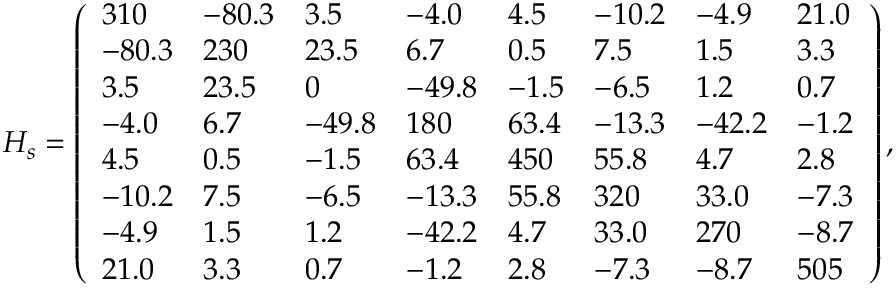
H _ { s } = \left( \begin{array} { l l l l l l l l } { 3 1 0 } & { - 8 0 . 3 } & { 3 . 5 } & { - 4 . 0 } & { 4 . 5 } & { - 1 0 . 2 } & { - 4 . 9 } & { 2 1 . 0 } \\ { - 8 0 . 3 } & { 2 3 0 } & { 2 3 . 5 } & { 6 . 7 } & { 0 . 5 } & { 7 . 5 } & { 1 . 5 } & { 3 . 3 } \\ { 3 . 5 } & { 2 3 . 5 } & { 0 } & { - 4 9 . 8 } & { - 1 . 5 } & { - 6 . 5 } & { 1 . 2 } & { 0 . 7 } \\ { - 4 . 0 } & { 6 . 7 } & { - 4 9 . 8 } & { 1 8 0 } & { 6 3 . 4 } & { - 1 3 . 3 } & { - 4 2 . 2 } & { - 1 . 2 } \\ { 4 . 5 } & { 0 . 5 } & { - 1 . 5 } & { 6 3 . 4 } & { 4 5 0 } & { 5 5 . 8 } & { 4 . 7 } & { 2 . 8 } \\ { - 1 0 . 2 } & { 7 . 5 } & { - 6 . 5 } & { - 1 3 . 3 } & { 5 5 . 8 } & { 3 2 0 } & { 3 3 . 0 } & { - 7 . 3 } \\ { - 4 . 9 } & { 1 . 5 } & { 1 . 2 } & { - 4 2 . 2 } & { 4 . 7 } & { 3 3 . 0 } & { 2 7 0 } & { - 8 . 7 } \\ { 2 1 . 0 } & { 3 . 3 } & { 0 . 7 } & { - 1 . 2 } & { 2 . 8 } & { - 7 . 3 } & { - 8 . 7 } & { 5 0 5 } \end{array} \right) ,